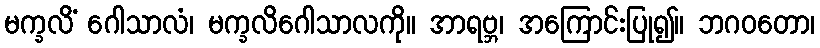
မက္ခလိံ ဂေါသာလံ၊ မက္ခလိဂေါသာလကို။ အာရဗ္ဘ၊ အကြောင်းပြု၍။ ဘဂဝတော၊